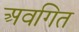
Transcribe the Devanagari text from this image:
अवगित